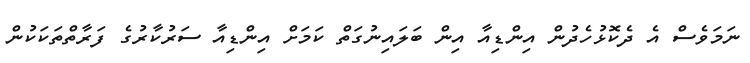
ނަމަވެސް އެ ދެކޮޅުހެދުން އިންޑިއާ އިން ބަލައިނުގަތް ކަމަށް އިންޑިއާ ސަރުކާރުގެ ފަރާތްތަކަކުން